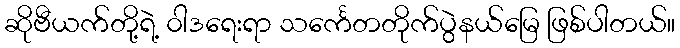
ဆိုဗီယက်တို့ရဲ့ ၀ါဒရေးရာ သင်္ကေတတိုက်ပွဲနယ်မြေ ဖြစ်ပါတယ်။